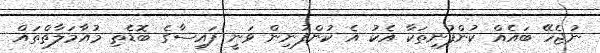
ނުޖެހޭ ބައެއް ކުންފުނިތަކާ އެކު އެ ކުންފުނިން ވަނީ ފައިސާގެ ބޮޑެތި މުއާމަލާތްތައް